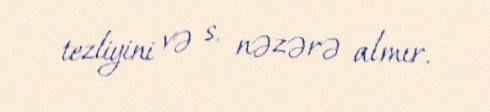
tezliyini və s. nəzərə almır.